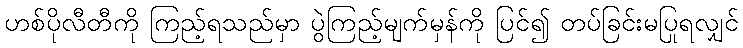
ဟစ်ပိုလီတီကို ကြည့်ရသည်မှာ ပွဲကြည့်မျက်မှန်ကို ပြင်၍ တပ်ခြင်းမပြုရလျှင်